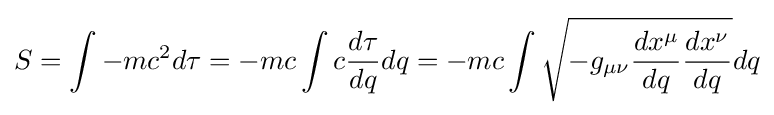
S=\int {-mc^{2}d\tau }=-mc\int {c{\frac {d\tau }{dq}}dq}=-mc\int {{\sqrt {-g_{\mu \nu }{\frac {dx^{\mu }}{dq}}{\frac {dx^{\nu }}{dq}}}}dq}